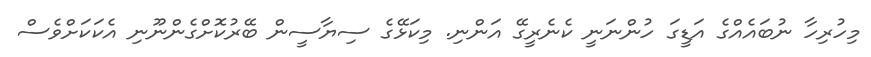
މިހުރިހާ ނުބައެއްގެ އަޑީގަ ހުންނަނީ ކެނެރީގޭ އަންނި. މިކަޅޭގެ ސިޔާސީން ބޭރުކޮށްގެންނޫނި އެކަކަށްވެސް